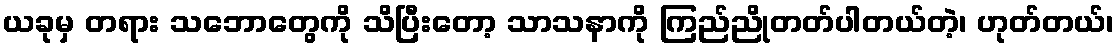
ယခုမှ တရား သဘောတွေကို သိပြီးတော့ သာသနာကို ကြည်ညိုတတ်ပါတယ်တဲ့၊ ဟုတ်တယ်၊